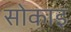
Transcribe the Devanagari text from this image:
सोकाइ